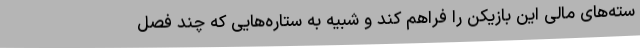
سته‌های مالی این بازیکن را فراهم کند و شبیه به ستاره‌هایی که چند فصل